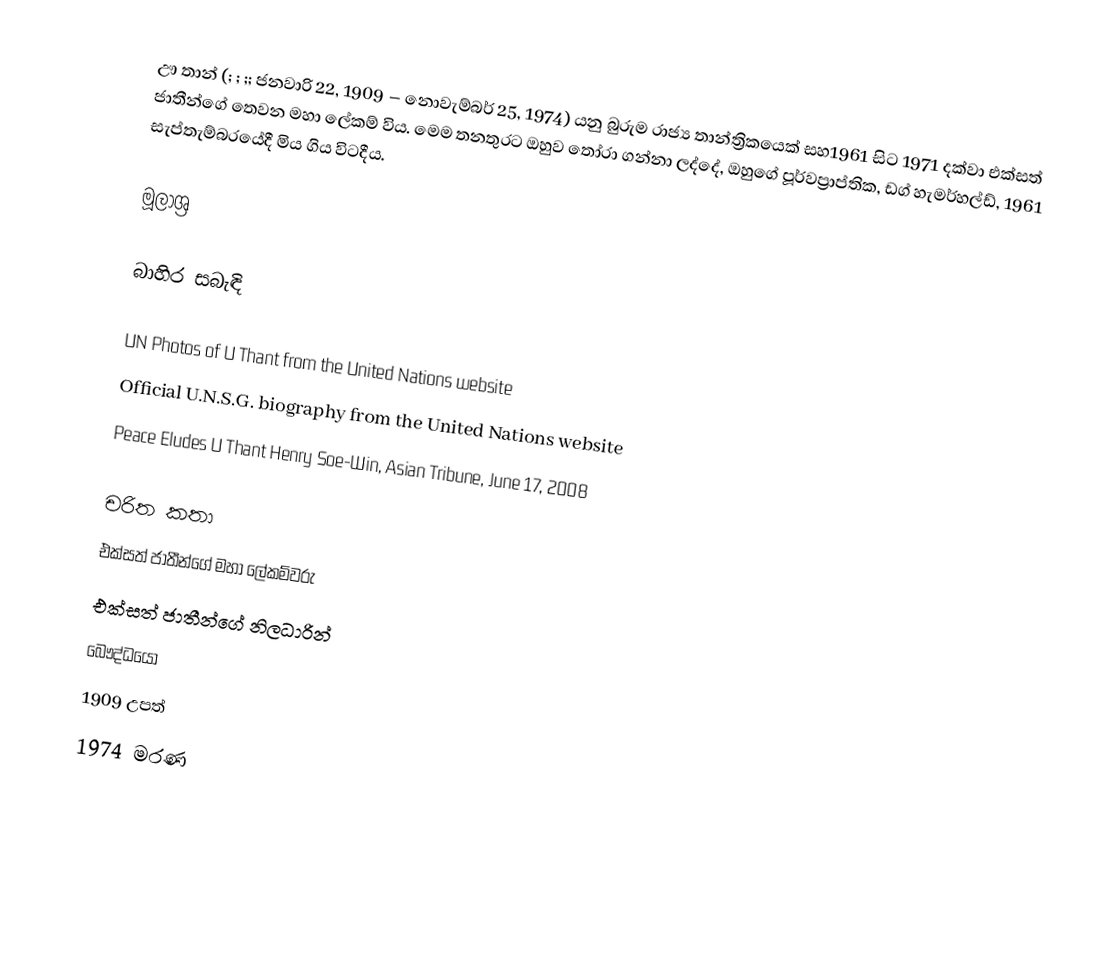
ඌ තාන් (; ; ;; ජනවාරි 22, 1909 – නොවැම්බර් 25, 1974) යනු  බුරුම රාජ්‍ය තාන්ත්‍රිකයෙක්  සහ1961 සිට 1971 දක්වා  එක්සත් ජාතීන්ගේ තෙවන මහා ලේකම් විය. මෙම තනතුරට ඔහුව තෝරා ගන්නා ලද්දේ, ඔහුගේ පූර්වප්‍රාප්තික, ඩග් හැමර්හල්ඩ්, 1961 සැප්තැම්බරයේදී මිය ගිය විටදීය.

මූලාශ්‍ර

බාහිර සබැඳි

 UN Photos of U Thant from the United Nations website
 Official U.N.S.G. biography from the United Nations website
 Peace Eludes U Thant Henry Soe-Win, Asian Tribune, June 17, 2008

චරිත කතා
එක්සත් ජාතීන්ගේ මහා ලේකම්වරු
එක්සත් ජාතීන්ගේ නිලධාරින්
බෞද්ධයෝ
1909 උපත්
1974 මරණ